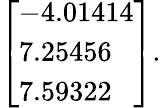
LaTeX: \left[\begin{array}{l}{-4.01414}\\ {7.25456}\\ {7.59322}\end{array}\right].